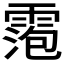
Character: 𬰀